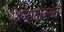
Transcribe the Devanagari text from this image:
शिस्नाग्रावरून